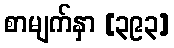
စာမျက်နှာ [၃၉၃]